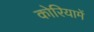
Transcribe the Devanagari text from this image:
कोरियामें